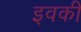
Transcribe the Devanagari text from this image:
इवकी